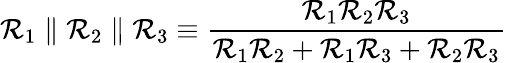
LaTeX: \mathcal{R}_{1}\parallel\mathcal{R}_{2}\parallel\mathcal{R}_{3}\equiv{\frac{{\mathcal{R}_{1}\mathcal{R}_{2}\mathcal{R}_{3}}}{{\mathcal{R}_{1}\mathcal{R}_{2}+\mathcal{R}_{1}\mathcal{R}_{3}+\mathcal{R}_{2}\mathcal{R}_{3}}}}